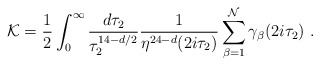
\begin{align*} {\cal K}={1\over2}\int_0^\infty {d\tau_2 \over \tau_2^{14-d/2}} {1\over\eta^{24-d }(2i\tau_2)}\sum_{\beta=1}^{\cal N} \gamma_\beta(2i\tau_2)\ .\end{align*}